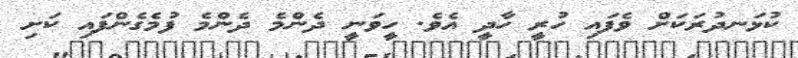
ކުޅަނދުރަކަށް ވެފައި ހުރީ ހާދީ އެވެ. ހީވަނީ ދެންމެ ދެންމެ ފުމެގެންފައި ކަށި